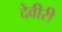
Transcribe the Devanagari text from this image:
देवीरी